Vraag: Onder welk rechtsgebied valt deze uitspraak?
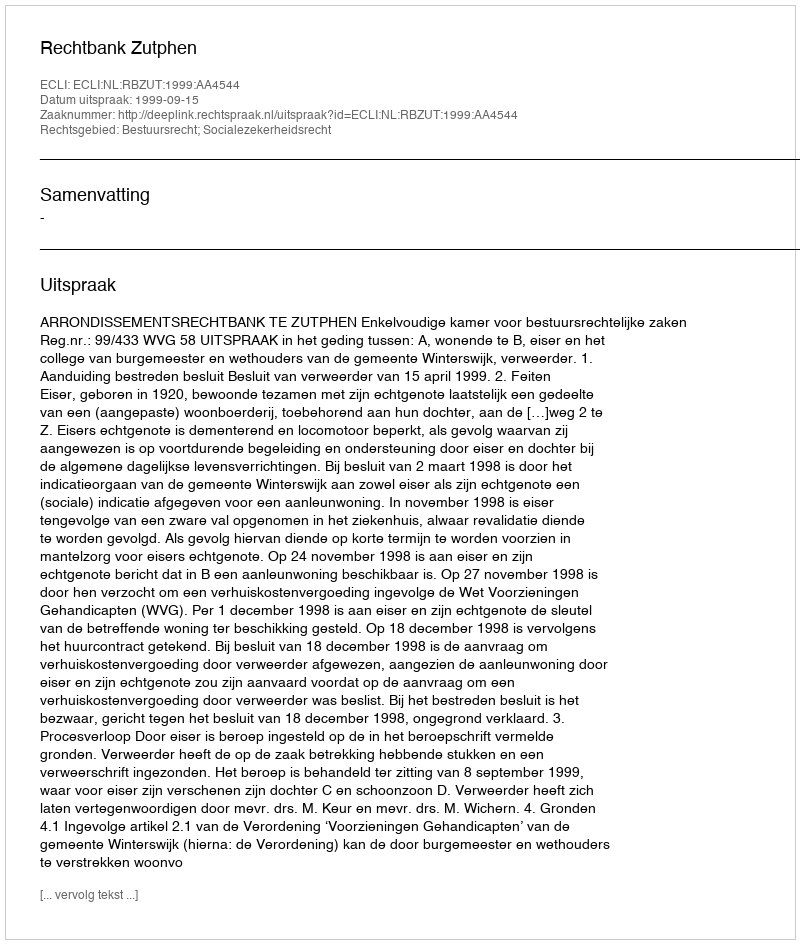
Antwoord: Bestuursrecht; Socialezekerheidsrecht